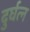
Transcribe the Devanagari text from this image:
दुर्घत्न